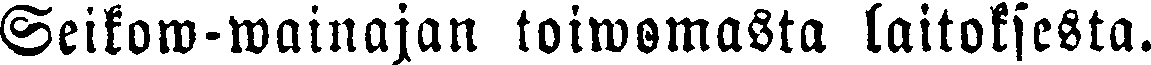
Seikow-wainajan toiwomasta laitoksesta.